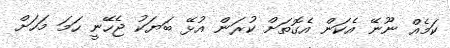
ކަމެއް ނޫނޭ އެކަން އެގޮތަށް ކުރަން އުޅޭ ބަޔަކު ޖެހޭނީ ހަމަ މަހަށް